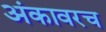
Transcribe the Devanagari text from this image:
अंकावरच